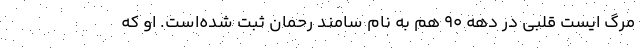
مرگ ایست قلبی در دهه ۹۰ هم به نام سامند رحمان ثبت شده‌است. او که